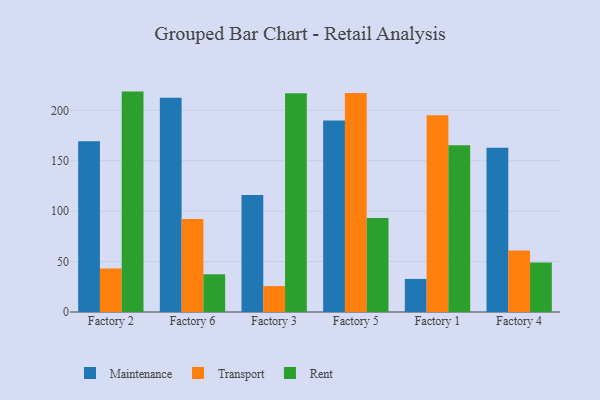
{"axis": {"x": "Factory", "y": "Customer Acquisition Cost (USD)"}, "legend": ["Maintenance", "Rent", "Transport"], "data": [{"x": "Factory 2", "y": 169.4, "type": "Maintenance"}, {"x": "Factory 2", "y": 43.1, "type": "Transport"}, {"x": "Factory 2", "y": 218.6, "type": "Rent"}, {"x": "Factory 6", "y": 212.6, "type": "Maintenance"}, {"x": "Factory 6", "y": 92.3, "type": "Transport"}, {"x": "Factory 6", "y": 37.4, "type": "Rent"}, {"x": "Factory 3", "y": 116.0, "type": "Maintenance"}, {"x": "Factory 3", "y": 25.7, "type": "Transport"}, {"x": "Factory 3", "y": 216.9, "type": "Rent"}, {"x": "Factory 5", "y": 190.0, "type": "Maintenance"}, {"x": "Factory 5", "y": 217.2, "type": "Transport"}, {"x": "Factory 5", "y": 93.2, "type": "Rent"}, {"x": "Factory 1", "y": 32.8, "type": "Maintenance"}, {"x": "Factory 1", "y": 195.1, "type": "Transport"}, {"x": "Factory 1", "y": 165.4, "type": "Rent"}, {"x": "Factory 4", "y": 163.0, "type": "Maintenance"}, {"x": "Factory 4", "y": 61.0, "type": "Transport"}, {"x": "Factory 4", "y": 49.1, "type": "Rent"}]}